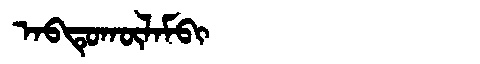
Manchu: ᠠᠪᡨᡠᡴᡡᠯᠠᠮᠪᡳ
Romanization: ABTUKŪLAMBI